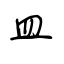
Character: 皿